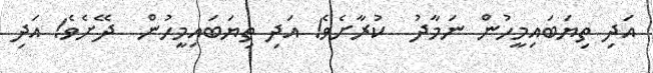
އަދި ތިޔަބައިމީހުން ނަމާދު  ކުރާށެވެ! އަދި ތިޔަބައިިމީހުން  ދޭށެވެ! އަދި